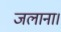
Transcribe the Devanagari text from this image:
जलाना।